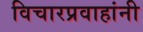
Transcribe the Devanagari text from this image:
विचारप्रवाहांनी